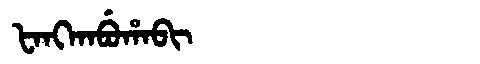
Manchu: ᡶᠠᠩᡴᠠᠪᡠᡥᠠᠪᡳ
Romanization: FANGKABUHABI